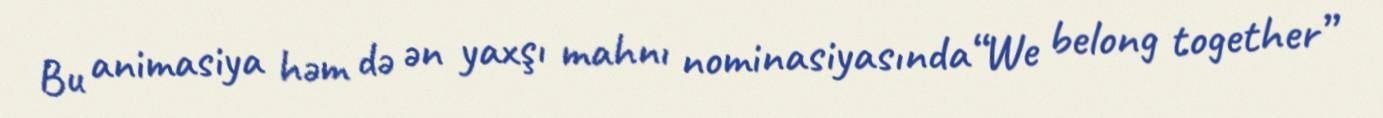
Bu animasiya həm də ən yaxşı mahnı nominasiyasında“We belong together”